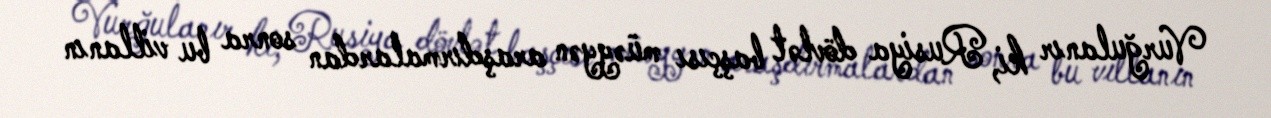
Vurğulanır ki, Rusiya dövlət başçısı müəyyən araşdırmalardan sonra bu villanın